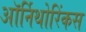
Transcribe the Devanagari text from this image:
ऑर्निथोरिंकस